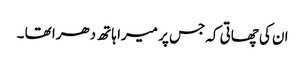
ان کی چھاتی کہ جس پر میرا ہاتھ دھرا تھا ۔